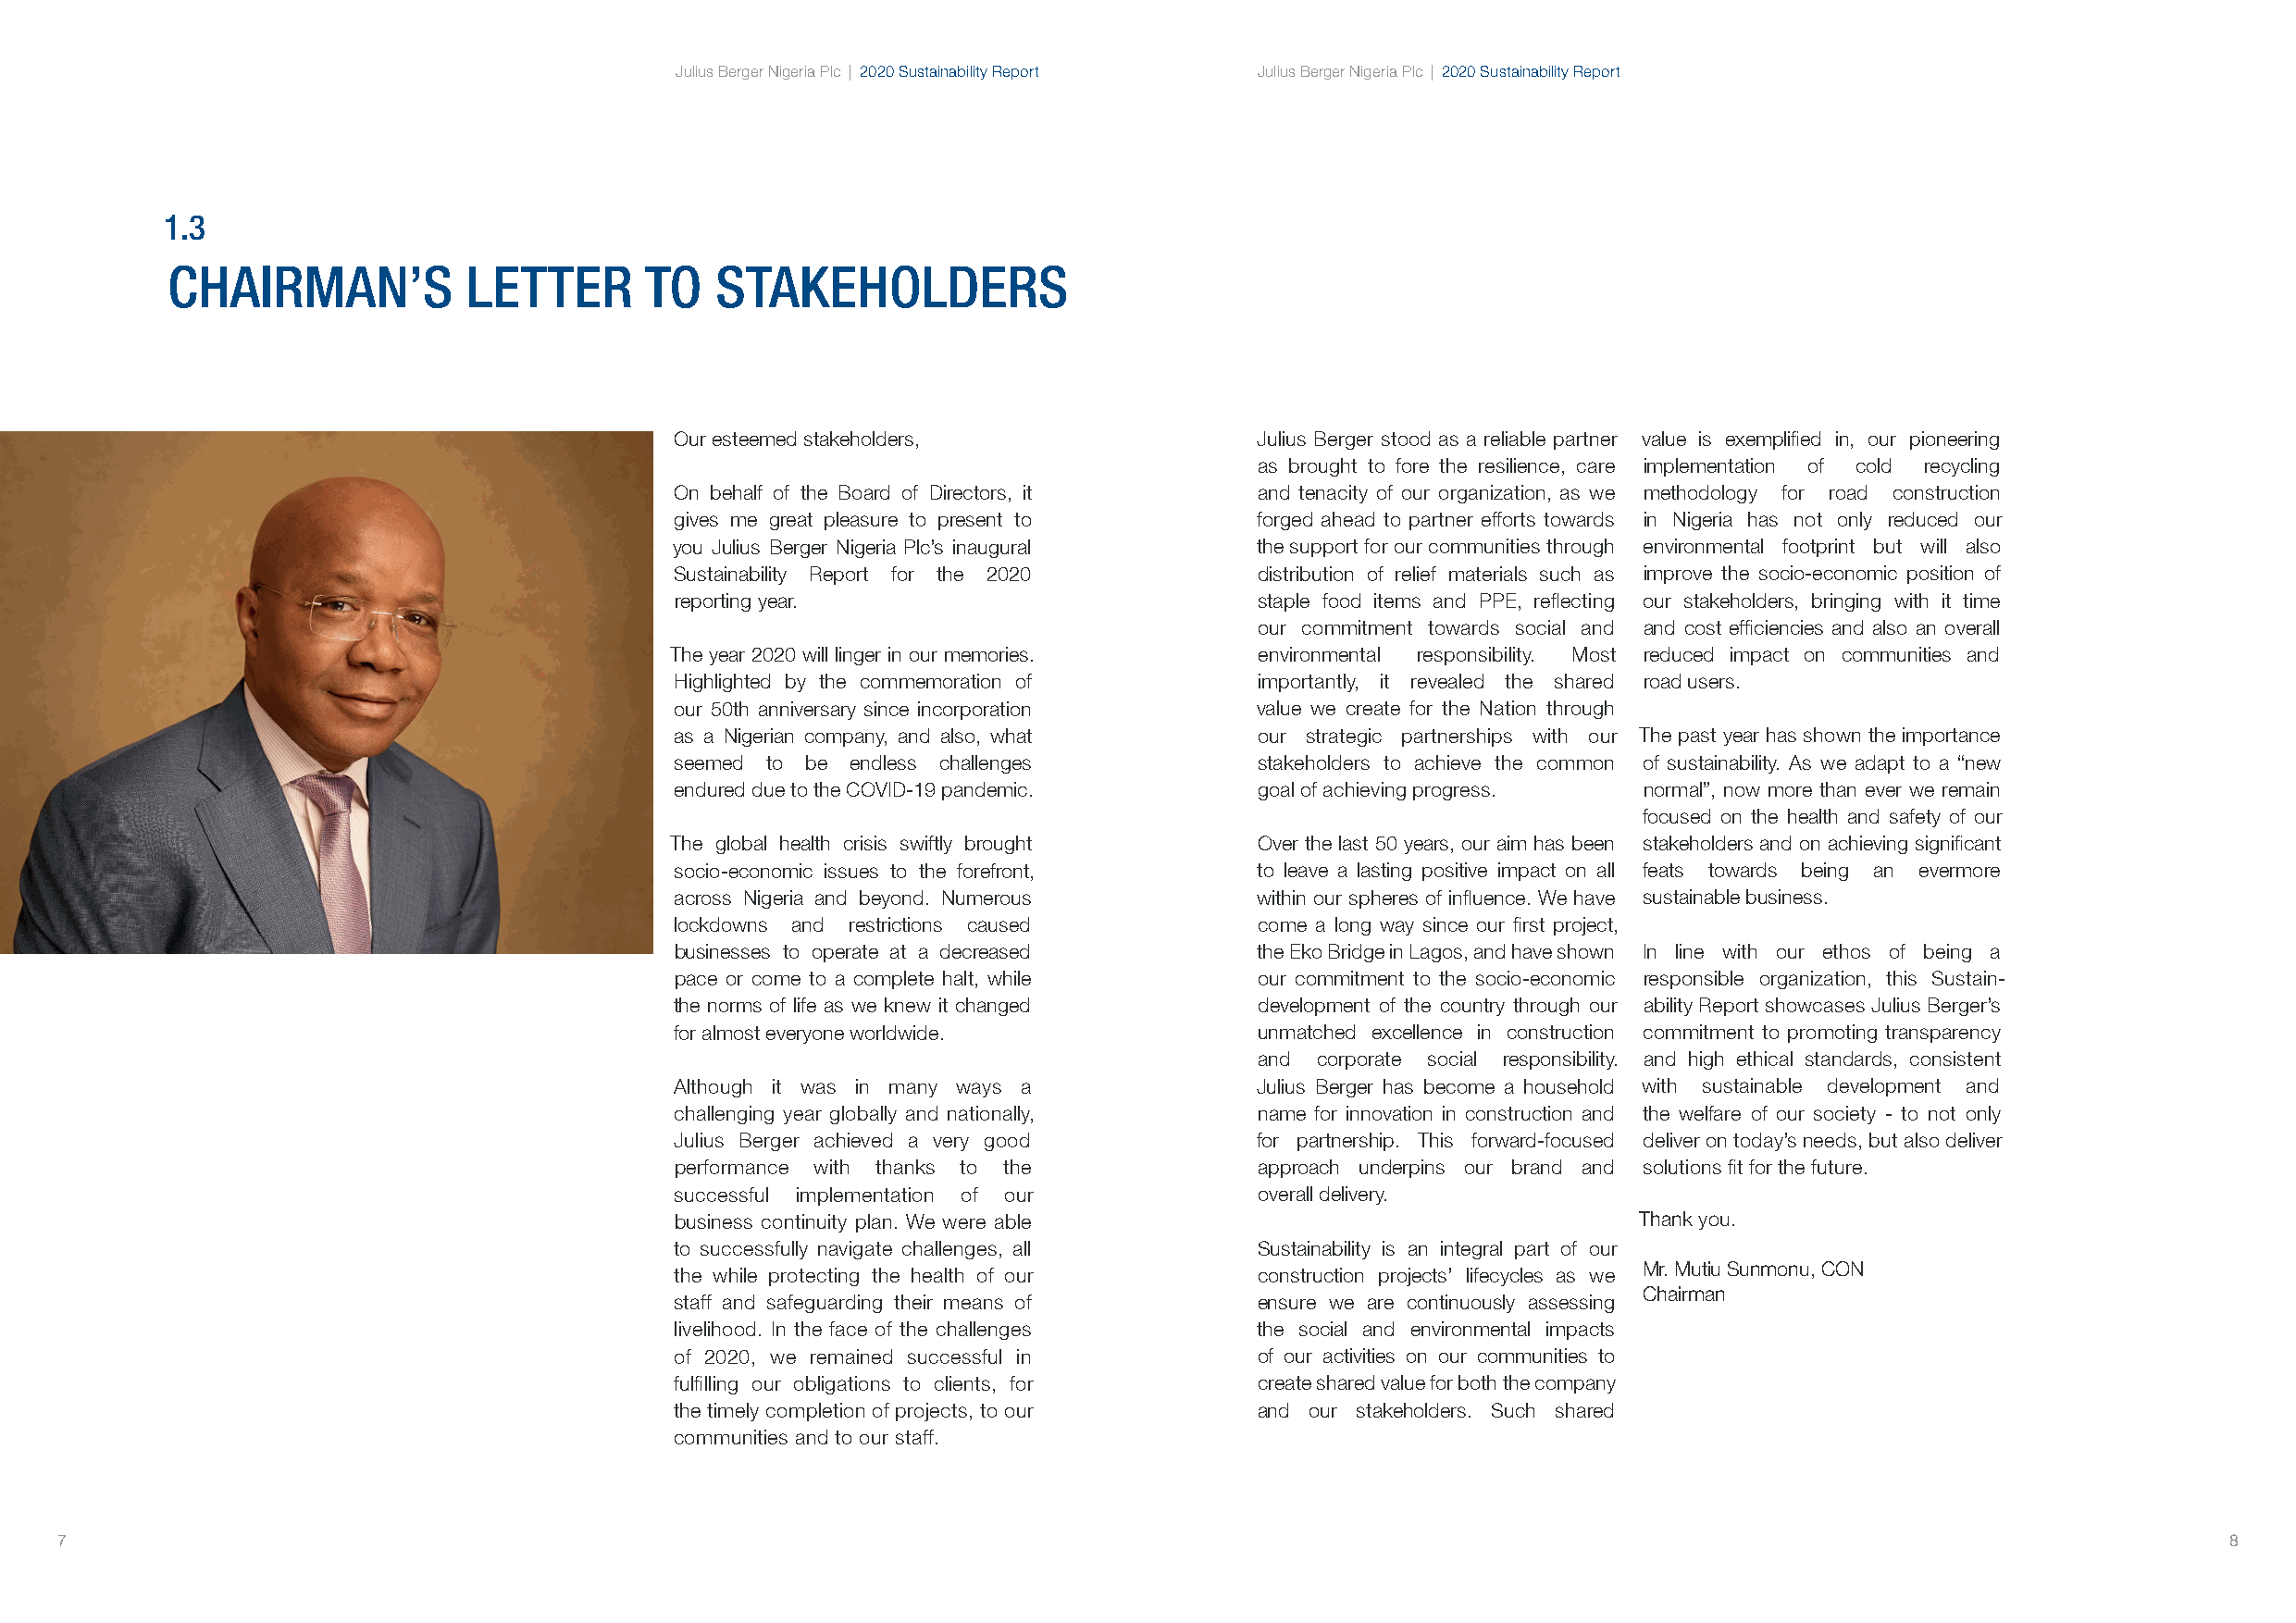
Julius Berger Nigeria Plc | 2020 Sustainability Report Julius Berger Nigeria Plc | 2020 Sustainability Report
 1.3
 CHAIRMAN’S           LETTER       TO   STAKEHOLDERS
 Our esteemed stakeholders,                Julius Berger stood as a reliable partner value is exemplified in, our pioneering
 as brought to fore the resilience, care implementation of cold recycling
 On behalf of the Board of Directors, it   and tenacity of our organization, as we methodology for road construction
 gives me great pleasure to present to     forged ahead to partner efforts towards in Nigeria has not only reduced our
 you Julius Berger Nigeria Plc’s inaugural the support for our communities through environmental footprint but will also
 Sustainability Report for the 2020        distribution of relief materials such as improve the socio-economic position of
 reporting year.                           staple food items and PPE, reflecting our stakeholders, bringing with it time
 our commitment towards social and and cost efficiencies and also an overall
 The year 2020 will linger in our memories. environmental responsibility. Most reduced impact on communities and
 Highlighted by the commemoration of       importantly, it revealed the shared road users.
 our 50th anniversary since incorporation  value we create for the Nation through
 as a Nigerian company, and also, what     our strategic partnerships with our The past year has shown the importance
 seemed to be endless challenges           stakeholders to achieve the common of sustainability. As we adapt to a “new
 endured due to the COVID-19 pandemic.     goal of achieving progress. normal”, now more than ever we remain
 focused on the health and safety of our
 The global health crisis swiftly brought  Over the last 50 years, our aim has been stakeholders and on achieving significant
 socio-economic issues to the forefront,   to leave a lasting positive impact on all feats towards being an evermore
 across Nigeria and beyond. Numerous       within our spheres of influence. We have sustainable business.
 lockdowns and restrictions caused         come a long way since our first project,
 businesses to operate at a decreased      the Eko Bridge in Lagos, and have shown In line with our ethos of being a
 pace or come to a complete halt, while    our commitment to the socio-economic responsible organization, this Sustain-
 the norms of life as we knew it changed   development of the country through our ability Report showcases Julius Berger’s
 for almost everyone worldwide.            unmatched excellence in construction commitment to promoting transparency
 and corporate social responsibility. and high ethical standards, consistent
 Although it was in many ways a            Julius Berger has become a household with sustainable development and
 challenging year globally and nationally, name for innovation in construction and the welfare of our society - to not only
 Julius Berger achieved a very good        for partnership. This forward-focused deliver on today’s needs, but also deliver
 performance with thanks to the            approach underpins our brand and solutions fit for the future.
 successful implementation of our          overall delivery.
 business continuity plan. We were able                               Thank you.
 to successfully navigate challenges, all  Sustainability is an integral part of our
 Mr. Mutiu Sunmonu, CON
 the while protecting the health of our    construction projects’ lifecycles as we
 Chairman
 staff and safeguarding their means of     ensure we are continuously assessing
 livelihood. In the face of the challenges the social and environmental impacts
 of 2020, we remained successful in        of our activities on our communities to
 fulfilling our obligations to clients, for create shared value for both the company
 the timely completion of projects, to our and our stakeholders. Such shared
 communities and to our staff.
 7                                                                                                                                                          8